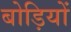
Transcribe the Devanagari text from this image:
बोड़ियों